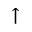
\uparrow